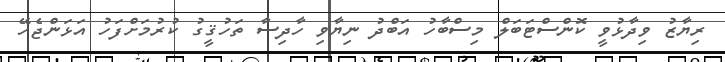
ރިޔާޒު ވިދާޅުވީ ކޮންސްޓަބަލް މިސްބާހު އަބްދު ނިޔާވި ހާދިސާ ތަހުޤީގު ކުރުމަށްފަހު އަޅަންޖެހޭ